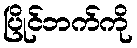
ပြိုင်ဘက်ကို